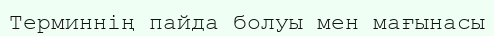
Терминнің пайда болуы мен мағынасы